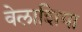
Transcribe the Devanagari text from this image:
वेलाशिया